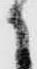
之